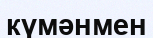
күмәнмен